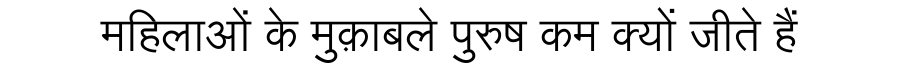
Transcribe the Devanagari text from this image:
महिलाओं के मुक़ाबले पुरुष कम क्यों जीते हैं